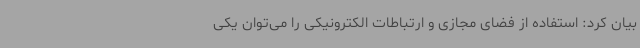
بیان کرد: استفاده از فضای مجازی و ارتباطات الکترونیکی را می‌توان یکی